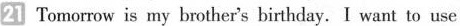
21 Tomorrow is my brother's birthday. I want to use